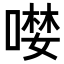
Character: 𠼖